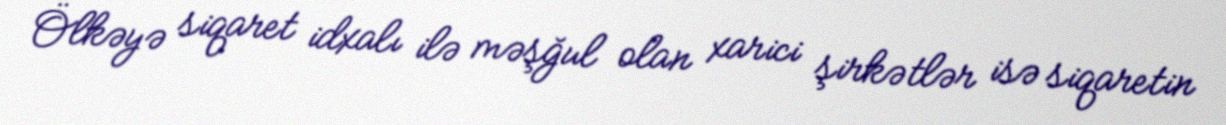
Ölkəyə siqaret idxalı ilə məşğul olan xarici şirkətlər isə siqaretin